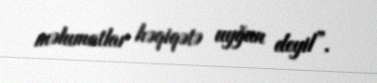
məlumatlar həqiqətə uyğun deyil”.